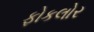
ફોકલોર